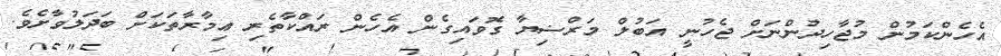
އެހެންކަމުން މުޖާހިދުންނަށް ޖެހުނީ އަބުލް މަރްޟިޔާ ގޮވައިގެން އެހެން ރައްކާތެރި ޢިމާރާތަކަށް ބަދަލުވާށެވެ.